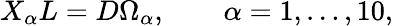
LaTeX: X_{\alpha}L=D\Omega_{\alpha},\qquad\alpha=1,\ldots,10,